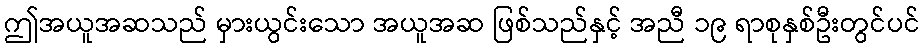
ဤအယူအဆသည် မှားယွင်းသော အယူအဆ ဖြစ်သည်နှင့် အညီ ၁၉ ရာစုနှစ်ဦးတွင်ပင်